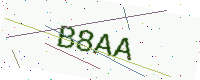
Text: B8AA